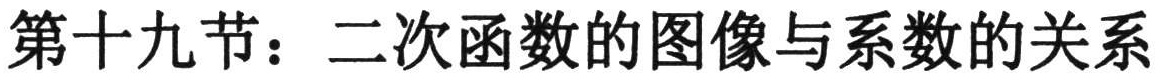
第十九节：二次函数的图像与系数的关系